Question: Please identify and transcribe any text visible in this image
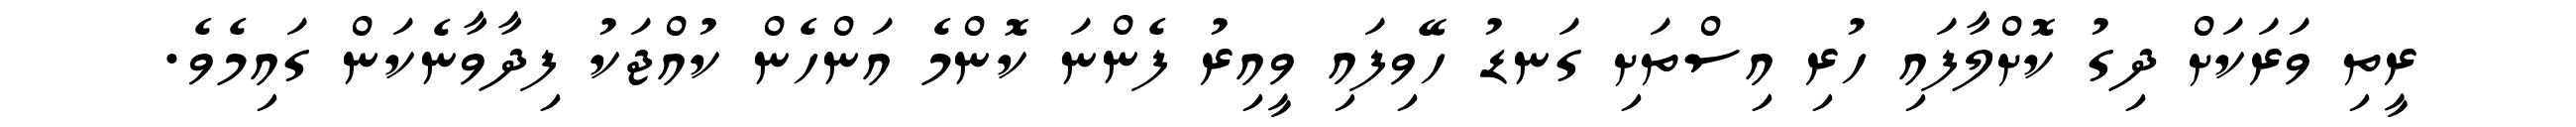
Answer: ރީތި ވަރަކަށް ދިގު ކޮށްލާފައި ހުރި އިސްތަށި ގަނޑު ހޭވިފައި ވީއިރު ފެންނަ ކޮންމެ އަންހެން ކުއްޖަކު ފިދާވާނެކަން ގައިމެވެ.